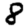
Digit: 8